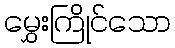
မွှေးကြိုင်သော